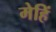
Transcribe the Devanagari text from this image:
मेहिं